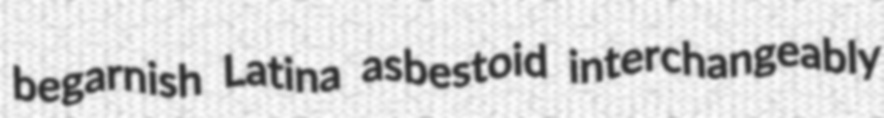
begarnish Latina asbestoid interchangeably